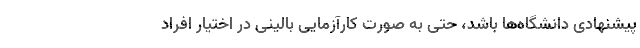
پیشنهادی دانشگاه‌ها باشد، حتی به صورت کارآزمایی بالینی در اختیار افراد